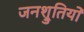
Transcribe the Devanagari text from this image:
जनश्रुतियो